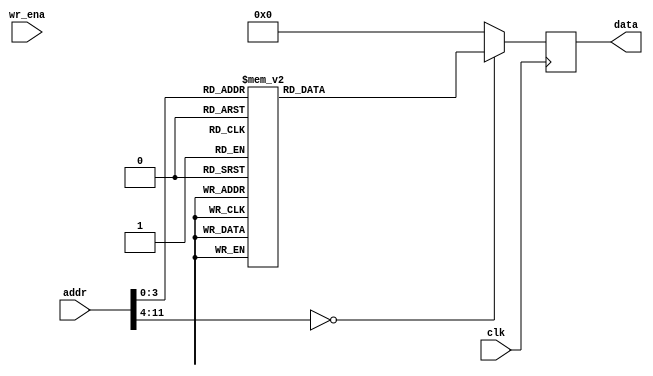
module mem_input (clk, addr, wr_ena, data) ;
parameter DATA_WIDTH =  32;
input clk;
input wr_ena;
input [11:0] addr;
output [DATA_WIDTH-1:0] data;
reg    [DATA_WIDTH-1:0] data;
always@(posedge clk) begin 
    case(addr)
        0: data <=  32'b0_0000_0000_0000_0000_0000_0000_0000_001;//0
        1: data <=  32'b1_0111_1111_0000_0000_0000_0000_0000_001;//1
        2: data <=  32'b1_0111_1110_0000_0000_0000_0000_0000_010;//0.5
        3: data <=  32'b0_0111_1101_0000_0000_0000_0000_0000_011;//0.25    3e8
        4: data <=  32'b0_0111_1100_0000_0000_0000_0000_0000_100;//0.125   3e0
        5: data <=  32'b0_0111_1011_0000_0000_0000_0000_0000_101;//0.0625   3d8
        6: data <=  32'b0_0000_0000_0000_0000_0000_0000_0000_110;//0
        7: data <=  32'b0_0000_0000_0000_0000_0000_0000_0000_111;//0
        8: data <=  32'b0_0000_0000_0000_0000_0000_0000_0001_000;//0
        default: data <= 0;
    endcase
end

endmodule